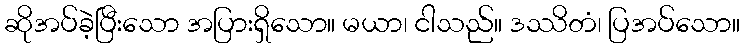
ဆိုအပ်ခဲ့ပြီးသော အပြားရှိသော။ မယာ၊ ငါသည်။ ဒဿိတံ၊ ပြအပ်သော။